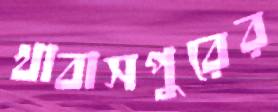
খাবাসপুরের